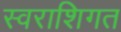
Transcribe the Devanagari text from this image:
स्वराशिगत